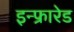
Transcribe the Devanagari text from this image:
इन्‍फ्रारेड